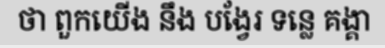
ថា ពួកយើង នឹង បង្វែរ ទន្លេ គង្គា